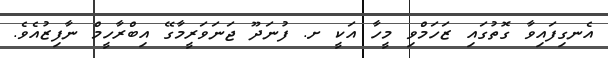
އެނގިފައިވާ ގޮތުގައި ޒަހަމްވި މީހާ އަކީ ށ. ފުނަދޫ ޖަނަވަރީމާގޭ އިބްރާހީމް ނާފިޒުއެވެ.